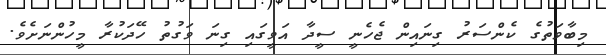
މިބާވަތުގެ ކެންސަރު ގިނައިން ޖެހެނީ ސީދާ އަވީގައި ގިނަ ވަގުތު ހޭދަކުރާ މީހުންނަށެވެ.